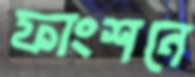
ফাংশনে